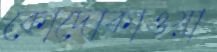
কোদোকাওয়া